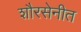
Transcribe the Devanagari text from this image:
शौरसेनीत